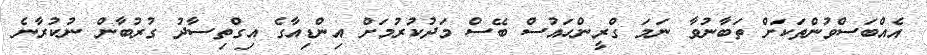
އެއްބަސްވުންތަކަށް ތަބާނުވާ ނަމަ ގްރީންހައުސް ބޭސް މަދުކުރުމަށް އިންޑިއާގެ އިގްތިސާދު ގުރުބާން ނުކުރާނެ